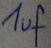
Text: 1uf